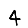
Digit: 4